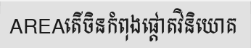
AREAតើចិនកំពុងផ្តោតវិនិយោគ